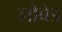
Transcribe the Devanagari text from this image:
लोबेड